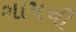
ગાપચી